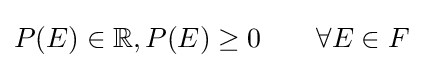
P(E)\in \mathbb {R} ,P(E)\geq 0\qquad \forall E\in F